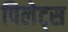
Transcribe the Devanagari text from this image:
पिलेट्स